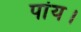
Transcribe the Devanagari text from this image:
पांय।